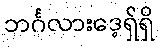
ဘင်္ဂလားဒေ့ရှ်ရှိ